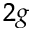
_ { 2 g }